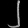
Digit: ၂